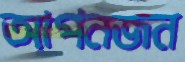
আপনজন